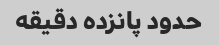
حدود پانزده دقیقه